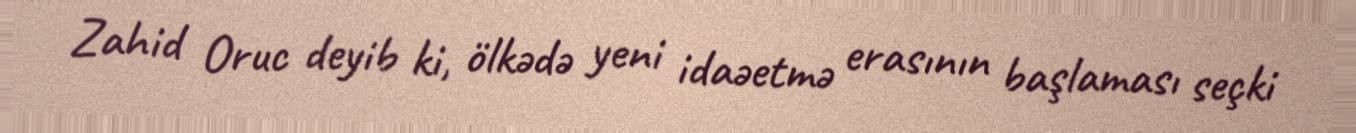
Zahid Oruc deyib ki, ölkədə yeni idaəetmə erasının başlaması seçki